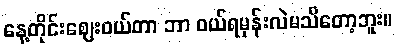
နေ့တိုင်းဈေးဝယ်တာ ဘာ ဝယ်ရမှန်းလဲမသိတော့ဘူး။